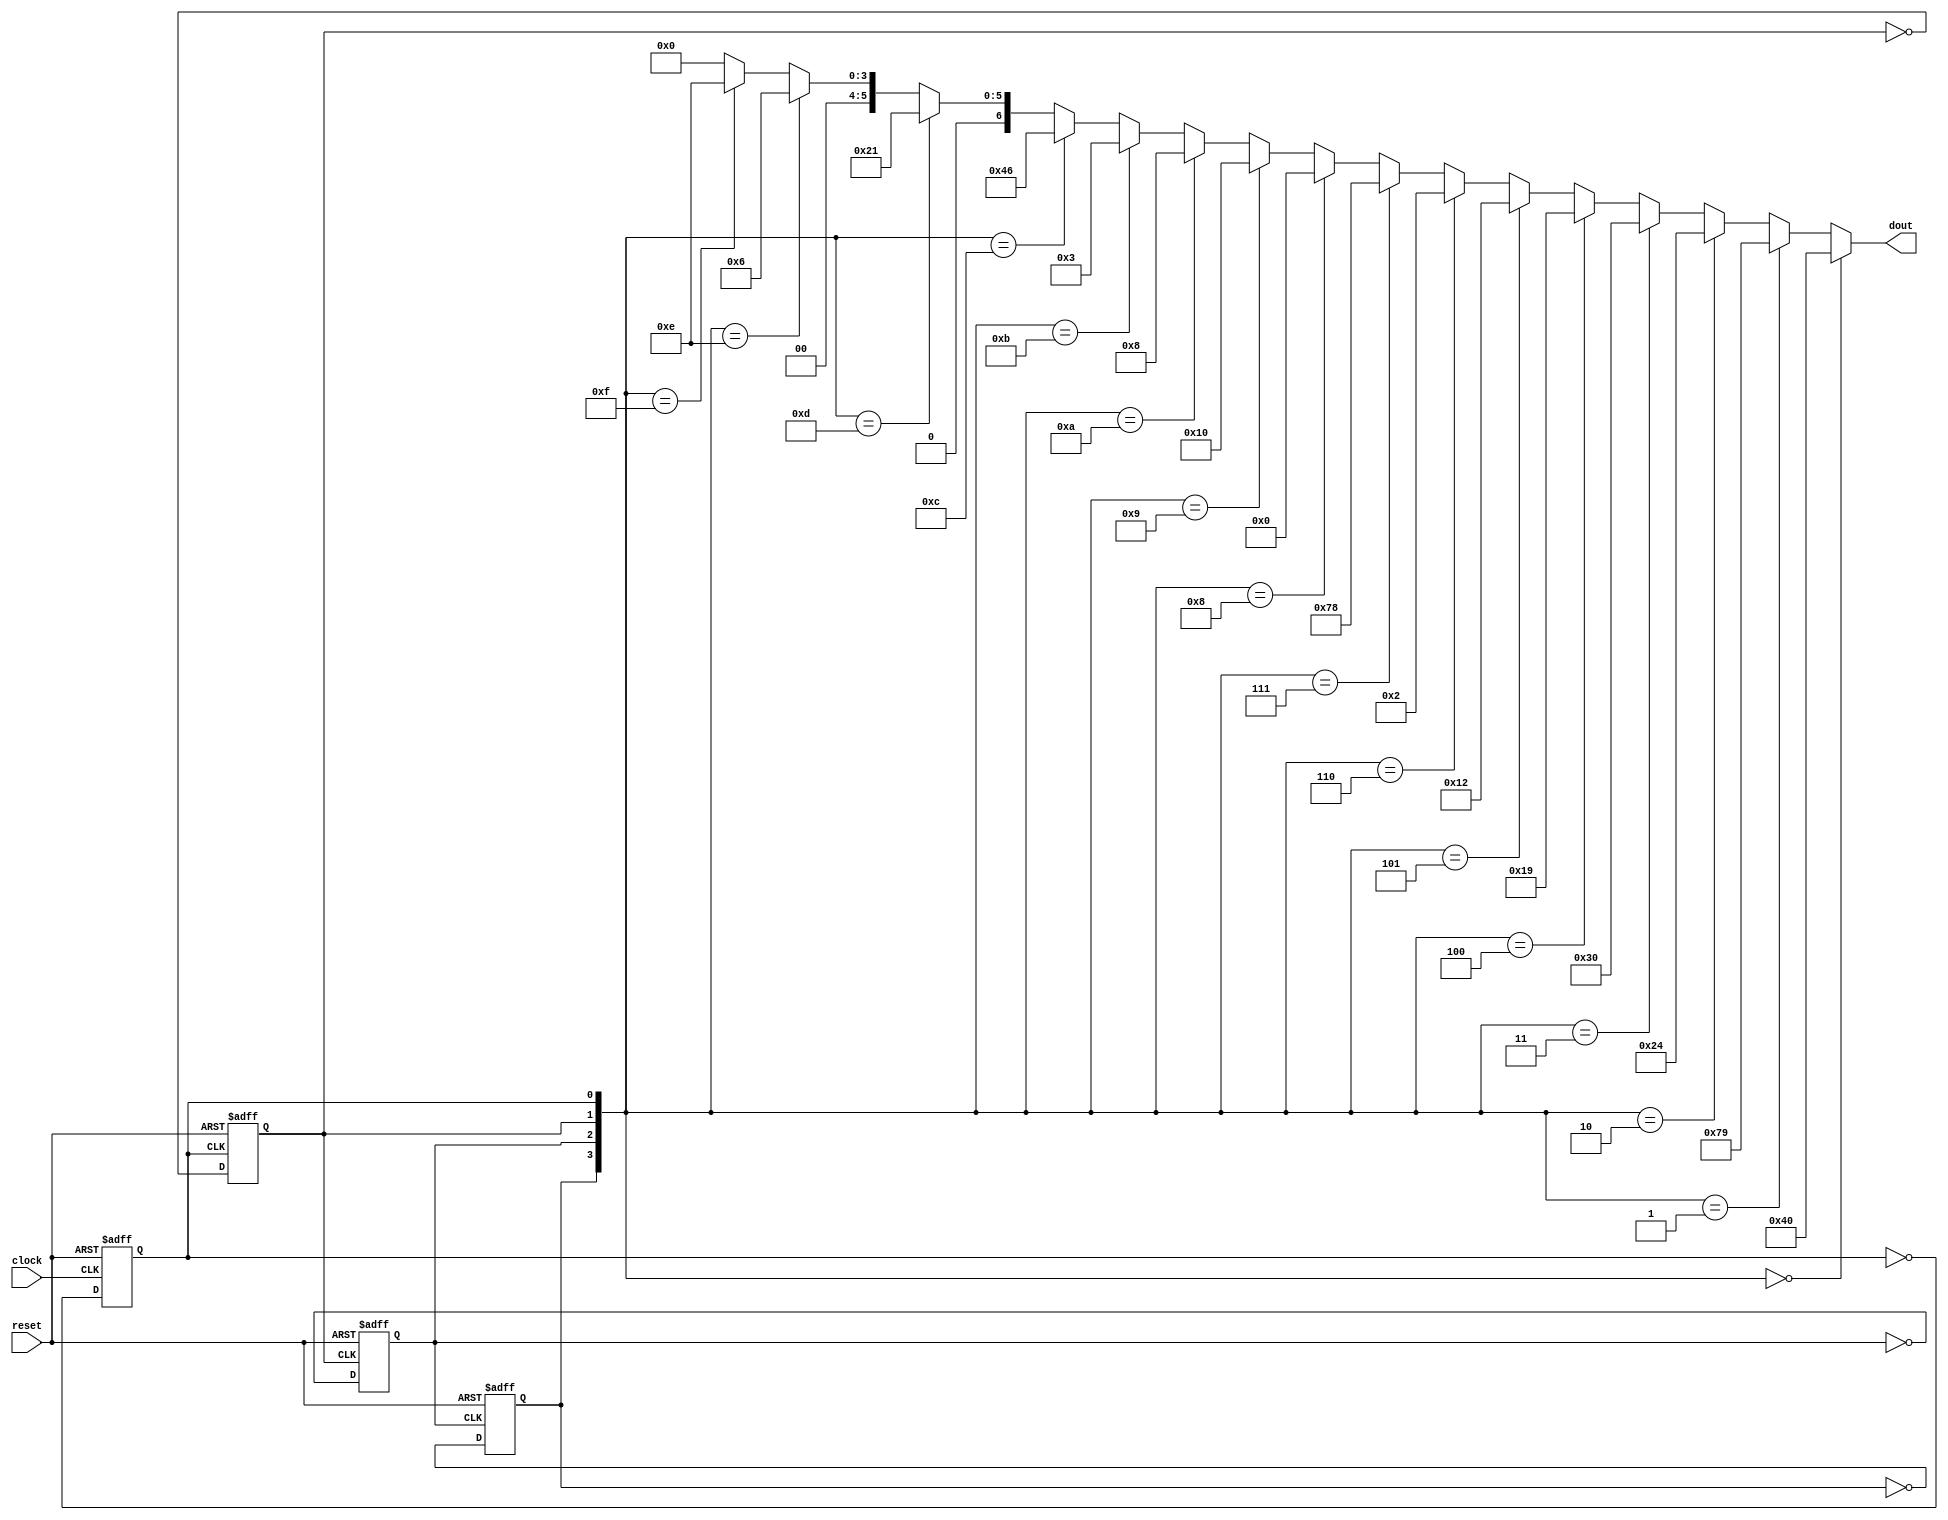
module sub_counter (clock,reset,dout);

input clock,reset;
output [6:0] dout;
reg [3:0] din;
initial 
	begin
	din = 4'b1111;
	end

//always @(reset)
//	din = 4'b0000;

always @(negedge reset,negedge clock)
	if(~reset)	din[0] = 1;
	else	din[0] = ~din[0];
	
always @(negedge reset,posedge din[0])
	if(~reset)	din[1] = 1;
	else	din[1] = ~din[1];
	
always @(negedge reset,posedge din[1])
	if(~reset)	din[2] = 1;
	else	din[2] = ~din[2];
	
always @(negedge reset,posedge din[2])
	if(~reset)	din[3] = 1;
	else	din[3] = ~din[3];

assign	dout=(din==4'h0)?7'b1000000:
             (din==4'h1)?7'b1111001:
             (din==4'h2)?7'b0100100:
             (din==4'h3)?7'b0110000:
             (din==4'h4)?7'b0011001:
             (din==4'h5)?7'b0010010:
             (din==4'h6)?7'b0000010:
             (din==4'h7)?7'b1111000:
             (din==4'h8)?7'b0000000:
             (din==4'h9)?7'b0010000:
			 (din==4'hA)?7'b0001000:
			 (din==4'hB)?7'b0000011:
			 (din==4'hC)?7'b1000110:
			 (din==4'hD)?7'b0100001:
			 (din==4'hE)?7'b0000110:
			 (din==4'hF)?7'b0001110:7'b0;
endmodule